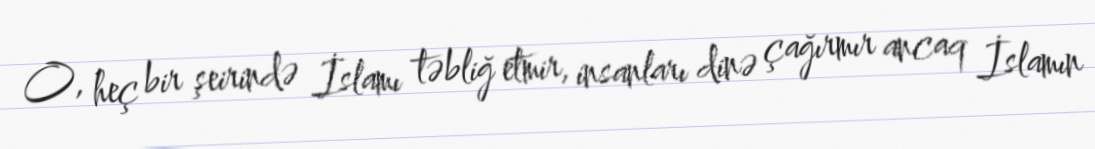
O, heç bir şeirində İslamı təbliğ etmir, insanları dinə çağırmır ancaq İslamın